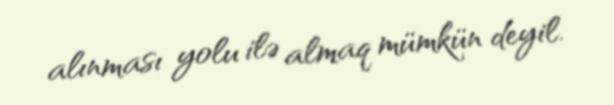
alınması yolu ilə almaq mümkün deyil.